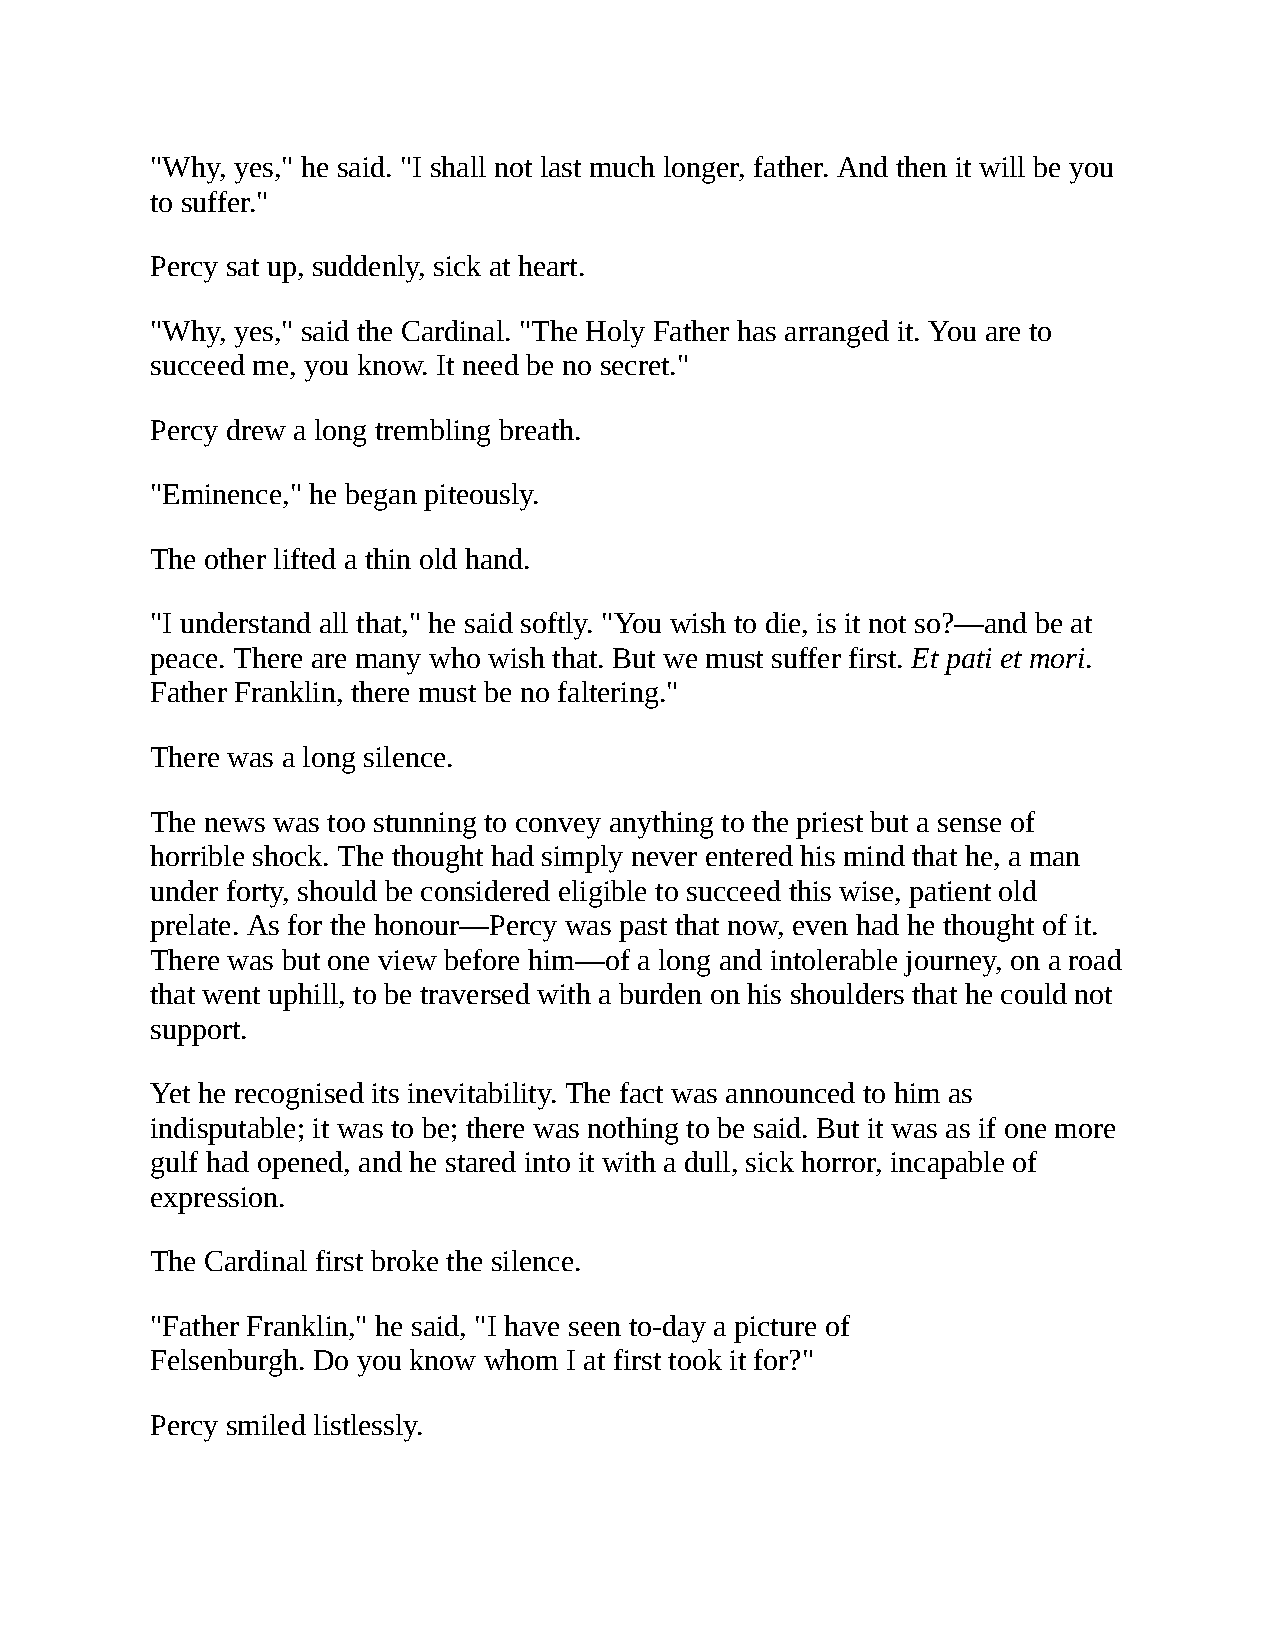
"Why, yes," he said. "I shall not last much longer, father. And then it will be you
 to suffer."
 Percy sat up, suddenly, sick at heart.
 "Why, yes," said the Cardinal. "The Holy Father has arranged it. You are to
 succeed me, you know. It need be no secret."
 Percy drew a long trembling breath.
 "Eminence," he began piteously.
 The other lifted a thin old hand.
 "I understand all that," he said softly. "You wish to die, is it not so?—and be at
 peace. There are many who wish that. But we must suffer first. Et pati et mori.
 Father Franklin, there must be no faltering."
 There was a long silence.
 The news was too stunning to convey anything to the priest but a sense of
 horrible shock. The thought had simply never entered his mind that he, a man
 under forty, should be considered eligible to succeed this wise, patient old
 prelate. As for the honour—Percy was past that now, even had he thought of it.
 There was but one view before him—of a long and intolerable journey, on a road
 that went uphill, to be traversed with a burden on his shoulders that he could not
 support.
 Yet he recognised its inevitability. The fact was announced to him as
 indisputable; it was to be; there was nothing to be said. But it was as if one more
 gulf had opened, and he stared into it with a dull, sick horror, incapable of
 expression.
 The Cardinal first broke the silence.
 "Father Franklin," he said, "I have seen to-day a picture of
 Felsenburgh. Do you know whom I at first took it for?"
 Percy smiled listlessly.